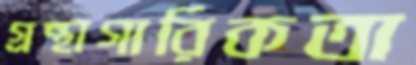
গ্রন্থাগারিকতা